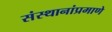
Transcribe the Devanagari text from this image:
संस्थानांप्रमाणे